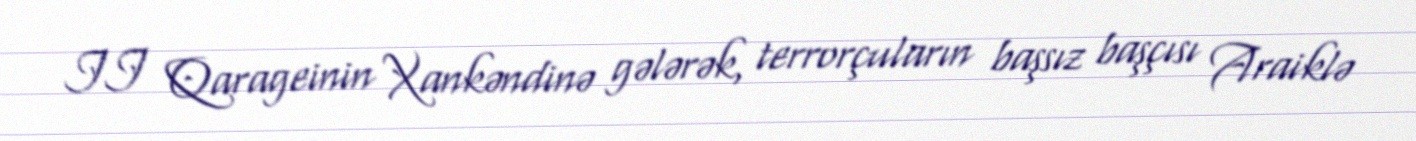
II Qarageinin Xankəndinə gələrək, terrorçuların başsız başçısı Araiklə